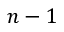
n - 1